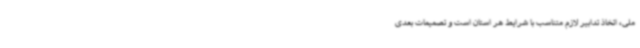
ملی، اتخاذ تدابیر لازم متناسب با شرایط هر استان است و تصمیمات بعدی